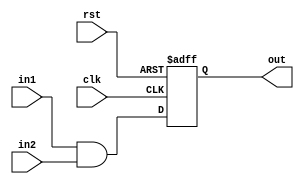
module FLP_NR_MXCS (in1,in2,clk,rst,out);
   input in1, in2, clk, rst;
   output reg out;

   always@(posedge clk or negedge rst)
   begin
      if(!rst)
      out <= 0;
      else
      out <= in1 && in2;
   end
endmodule